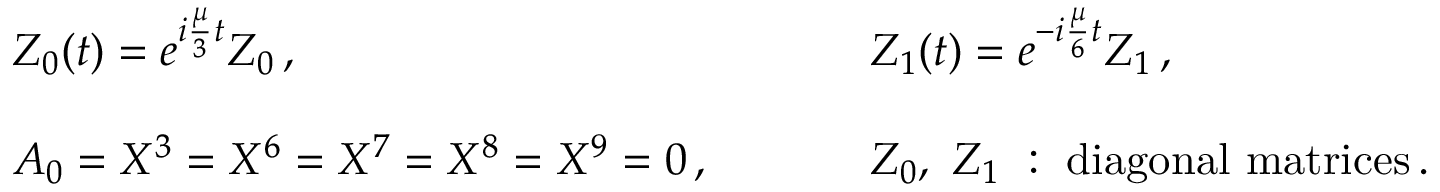
\begin{array} { l l } { { Z _ { 0 } ( t ) = e ^ { i \frac { \mu } { 3 } t } { \cal Z } _ { 0 } \, , ~ ~ ~ ~ } } & { { ~ ~ ~ ~ Z _ { 1 } ( t ) = e ^ { - i \frac { \mu } { 6 } t } { \cal Z } _ { 1 } \, , } } \\ { { { } } } & { { { } } } \\ { { A _ { 0 } = X ^ { 3 } = X ^ { 6 } = X ^ { 7 } = X ^ { 8 } = X ^ { 9 } = 0 \, , ~ ~ ~ ~ } } & { { ~ ~ ~ ~ { \cal Z } _ { 0 } , ~ { \cal Z } _ { 1 } ~ : ~ \mathrm { d i a g o n a l ~ m a t r i c e s } \, . } } \end{array}